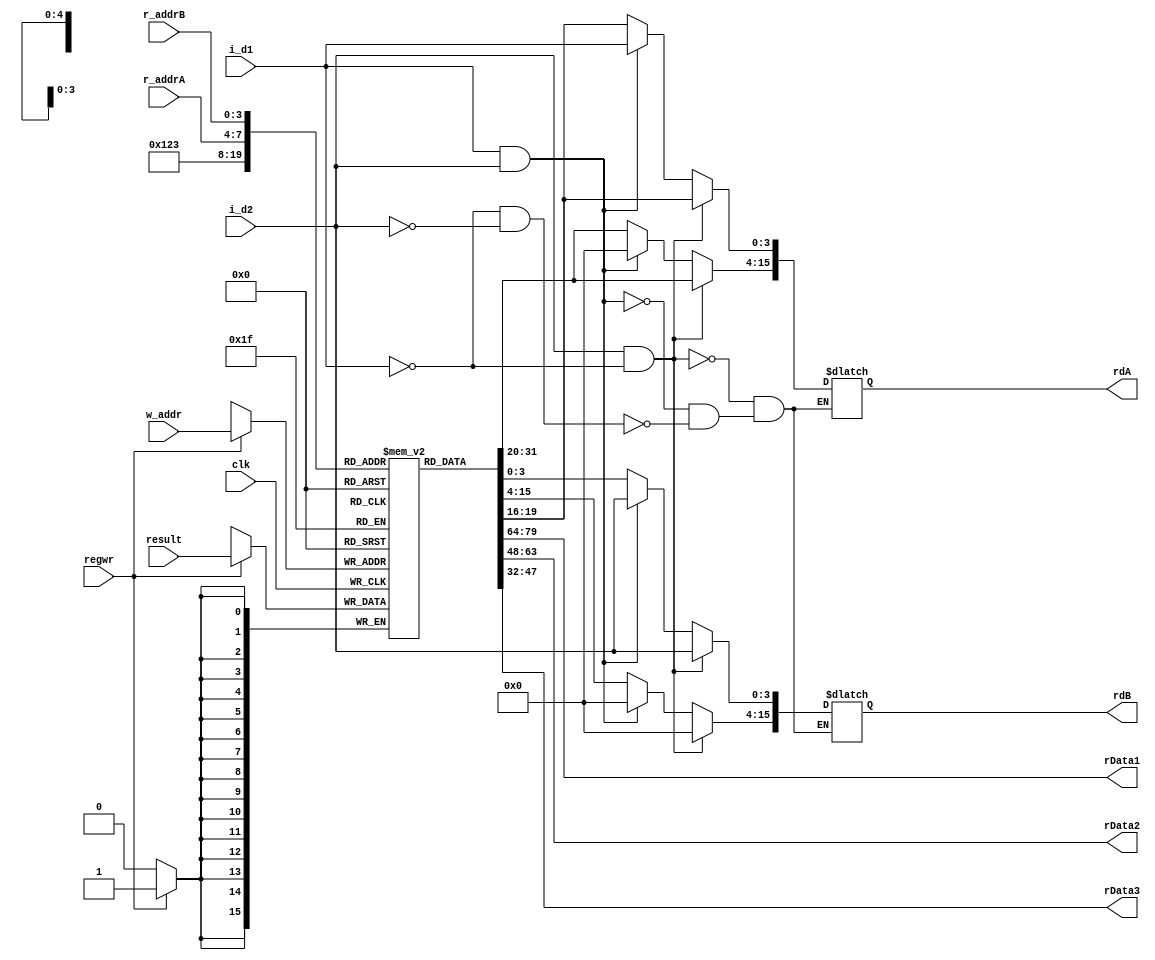
module regGroup(clk,regwr,r_addrA,r_addrB,w_addr,result,rdA,rdB,i_d1,i_d2,rData1,rData2,rData3);
	input clk;
	input regwr;//1-from ALU
	input[15:0] result;//ALU

	input[3:0] w_addr;	//=A
	
	input[3:0] r_addrA;	//
	input[3:0] r_addrB;
	
	input[3:0] i_d1;		//
	input[3:0] i_d2;
	
	output[15:0] rdA;
	output[15:0] rdB;
	output[15:0] rData1;
	output[15:0] rData2;
	output[15:0] rData3;
	
	reg[15:0] regData[15:0];
	reg[15:0] regComA,regComB;
	integer i;
	initial begin
		//160,20
		for(i=0;i<16;i=i+1)
			 regData[i]<=16'b0;
		
		regComA <= 16'b0;
		regComB <= 16'b0; 
	end
	
	assign rdA = regComA;
	assign rdB = regComB;
	assign rData1 = regData[1];//,
	assign rData2 = regData[2];
	assign rData3 = regData[3];

	always@(*)//(r_addrA or r_addrB or i_d1 or i_d2)
	//if(enable)
		begin
			if(i_d2 && !i_d1)begin
				regComA <= regData[r_addrA];
				regComB <= 16'b0;
				regComB[3:0] <= i_d2;
			end
			else if(i_d1 && i_d2)begin
				regComA <= 16'b0;
				regComB <= 16'b0;
				regComA[3:0] <= i_d1;
				regComB[3:0] <= i_d2;
			end
			else if(!i_d1 && !i_d2)begin
				regComA <= regData[r_addrA];
				regComB <= regData[r_addrB];
			end		
		end
	
	always@(posedge clk)
	//if(enable)
		begin
			if(regwr)
				regData[w_addr]<=result;
		end
			
endmodule